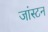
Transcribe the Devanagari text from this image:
जांस्टन